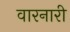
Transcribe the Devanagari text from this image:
वारनारी